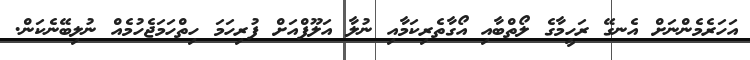
އަހަރެމެންނަށް އެނގޭ ރަހީމާގެ ލޯތްބާއި އޯގާތެރިކަމާއި ނުލާ އަލޫފްއަށް ފުރިހަމަ ހިތްހަމަޖެހުމެއް ނުލިބޭނެކަން.